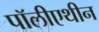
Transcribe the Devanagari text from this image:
पॉलीएथीन